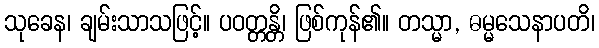
သုခေန၊ ချမ်းသာသဖြင့်။ ပဝတ္တန္တိ၊ ဖြစ်ကုန်၏။ တသ္မာ, ဓမ္မသေနာပတိ၊